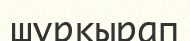
шұрқырап